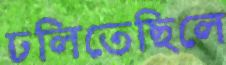
ঢলিতেছিলে